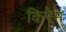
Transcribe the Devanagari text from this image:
किरेम